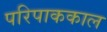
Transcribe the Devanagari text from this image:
परिपाककाल